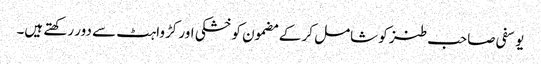
یوسفی صاحب طنز کو شامل کر کے مضمون کو خشکی اور کڑواہٹ سے دور رکھتے ہیں۔